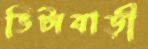
ভিটাবাড়ী